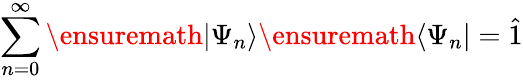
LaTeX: \sum_{n=0}^{\infty}\ensuremath{\vert\Psi_{n}\rangle}\ensuremath{\langle\Psi_{n}\vert}=\hat{1}